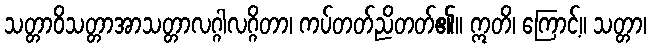
သတ္တာဝိသတ္တာအာသတ္တာလဂ္ဂါလဂ္ဂိတာ၊ ကပ်တတ်ညိတတ်၏။ ဣတိ၊ ကြောင့်။ သတ္တာ၊